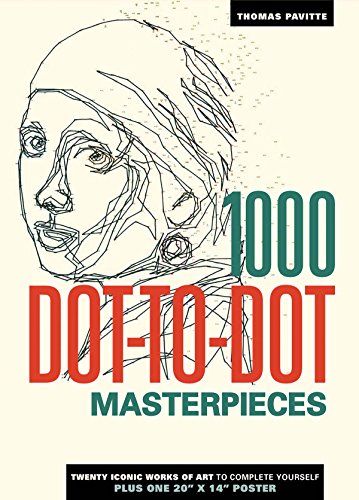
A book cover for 1000 Dot-to-Dot: Masterpieces; Thomas Pavitte; Humor & Entertainment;